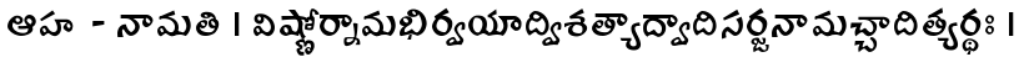
ఆహ - నామతి । విష్ణోర్నామభిర్వయాద్విశత్యాద్వాదిసర్జనామచ్చాదిత్యర్థః ।